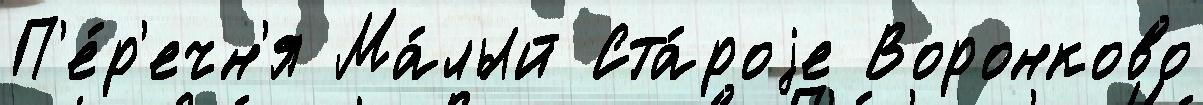
П'е́р'ечн'я Ма́лый Ста́роjе Воронково